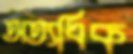
অত্যধিক